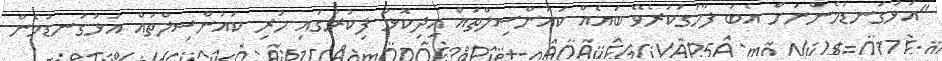
"އަޅުގަނޑުމެންނަށް އެބަ ފާހަގަކުރެވޭ ބައެއް ކައުންސިލްތައް އިދިކޮޅު ފިކުރުގައި ހުރި ކައުންސިލްތައް އަޅުގަނޑުމެން